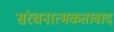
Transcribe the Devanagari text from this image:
संरचनात्मकतावाद